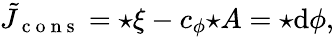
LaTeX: \tilde{J}_{\mathrm{~c~o~n~s~}}=\star\xi-c_{\phi}{\star A}=\star\mathrm{d}\phi,